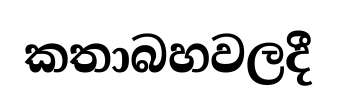
කතාබහවලදී